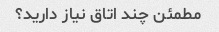
مطمئن چند اتاق نیاز دارید؟